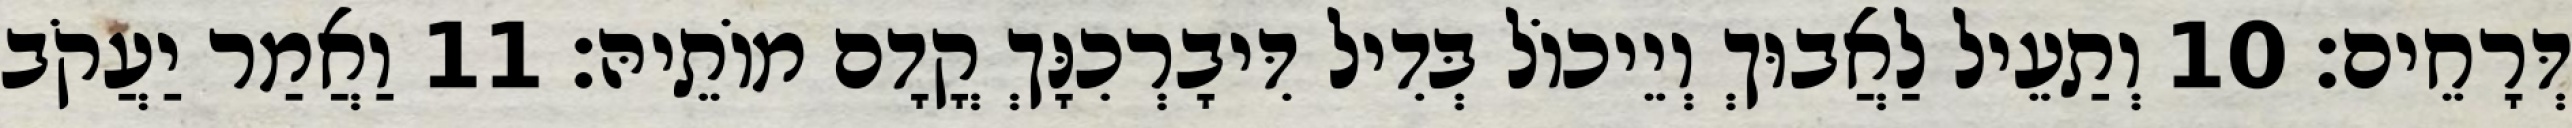
דְּרָחֵים׃ 10 וְתַעֵיל לַאֲבוּךְ וְיֵיכוֹל בְּדִיל דִּיבָרְכִנָּךְ קֳדָם מוֹתֵיהּ׃ 11 וַאֲמַר יַעֲקֹב